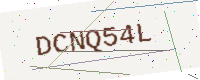
Text: DCNQ54L